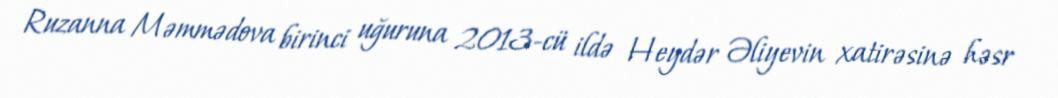
Ruzanna Məmmədova birinci uğuruna 2013-cü ildə Heydər Əliyevin xatirəsinə həsr